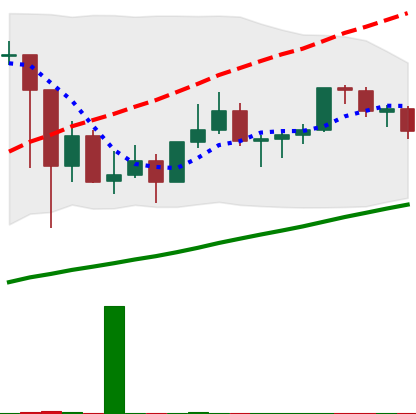
Ticker: LINK-USD
Chart end date: 2021-03-12
Forward return: 8.953%
Label: up_7plus